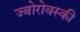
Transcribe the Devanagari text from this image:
ज्बोरोवस्की